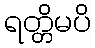
ရတ္တိမပိ